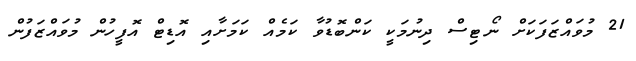
21 މުވައްޒަފަކަށް ނޯޓިސް ދިނުމަކީ ކަންބޮޑުވާ ކަމެއް ކަމަށާއި އޮޑިޓް އޮފީހުން މުވައްޒަފުން